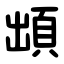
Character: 䪼